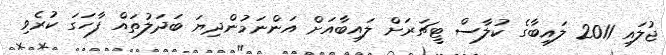
ޖުލައި 2011 ލައިބާގެ ކުލާސް ޓީޗަރަށް ލައިބާއަށް އަންނަމުންދިޔަ ބަދަލުތައް ފާހަގަ ކުރެވި